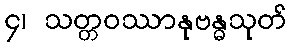
၄၊ သတ္တဝဿာနုဗန္ဓသုတ်